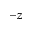
- z